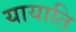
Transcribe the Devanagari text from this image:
यायाति